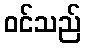
ဝင်သည်